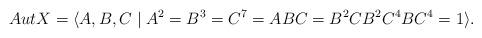
LaTeX: \begin{align*}AutX=\langle A,B,C\mid A^2=B^3=C^7=ABC=B^2CB^2C^4BC^4=1\rangle.\end{align*}